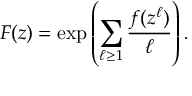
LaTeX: F ( z ) = \exp \left( \sum _ { \ell \geq 1 } { \frac { f ( z ^ { \ell } ) } { \ell } } \right) .